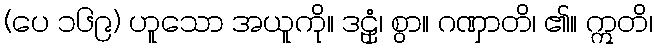
(ပေ ၁၆၉) ဟူသော အယူကို။ ဒဠှံ၊ စွာ။ ဂဏှာတိ၊ ၏။ ဣတိ၊